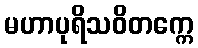
မဟာပုရိသဝိတက္ကေ